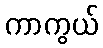
ကာကွယ်